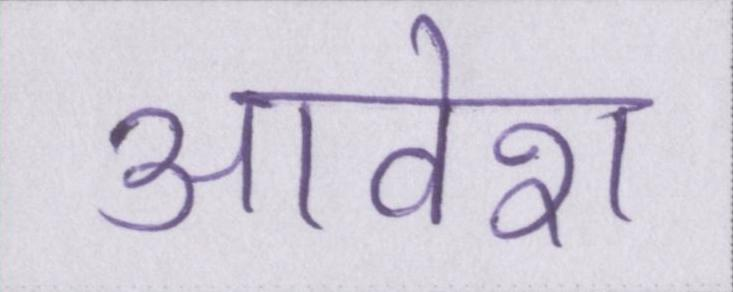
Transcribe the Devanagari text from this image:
आवेश